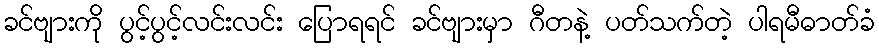
ခင်ဗျားကို ပွင့်ပွင့်လင်းလင်း ပြောရရင် ခင်ဗျားမှာ ဂီတနဲ့ ပတ်သက်တဲ့ ပါရမီဓာတ်ခံ